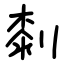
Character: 㓼